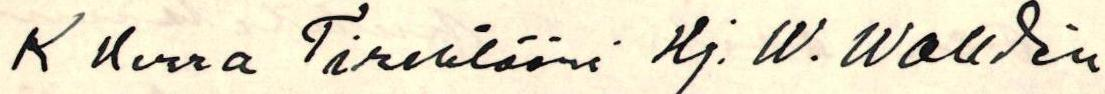
K Herra Tirehtööri Hj. W. Wallden